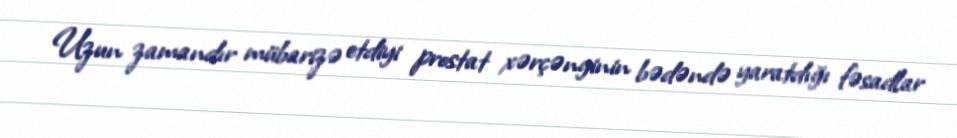
Uzun zamandır mübarizə etdiyi prostat xərçənginin bədəndə yaratdığı fəsadlar